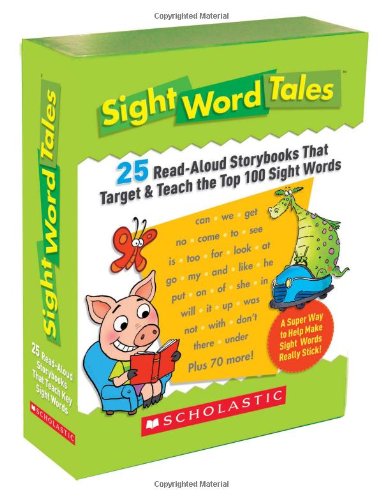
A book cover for Sight Word Tales: 25 Read-Aloud Storybooks That Target & Teach the Top 100 Sight Words; Scholastic Teaching Resources; Reference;